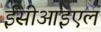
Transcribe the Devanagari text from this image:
ईसीआइएल